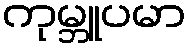
ကုမ္ဘူပမာ